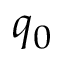
q _ { 0 }